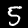
Digit: 5